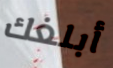
أبلغك